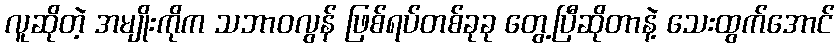
လူဆိုတဲ့ အမျိုးကိုက သဘာဝလွန် ဖြစ်ရပ်တစ်ခုခု တွေ့ပြီဆိုတာနဲ့ သေးထွက်အောင်